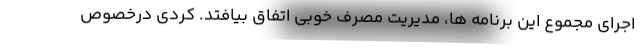
اجرای مجموع این برنامه ها، مدیریت مصرف خوبی اتفاق بیافتد. کردی درخصوص